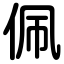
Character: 佩